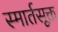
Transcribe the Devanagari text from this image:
स्मार्तसूक्त